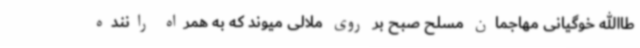
طاالله خوگیانی مهاجمان مسلح صبح بر روی ملالی میوند که به همراه راننده